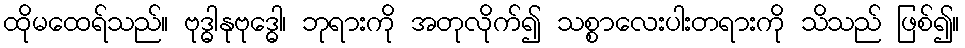
ထိုမထေရ်သည်။ ဗုဒ္ဓါနုဗုဒ္ဓေါ၊ ဘုရားကို အတုလိုက်၍ သစ္စာလေးပါးတရားကို သိသည် ဖြစ်၍။